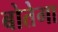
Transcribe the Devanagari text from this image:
बोतेगा